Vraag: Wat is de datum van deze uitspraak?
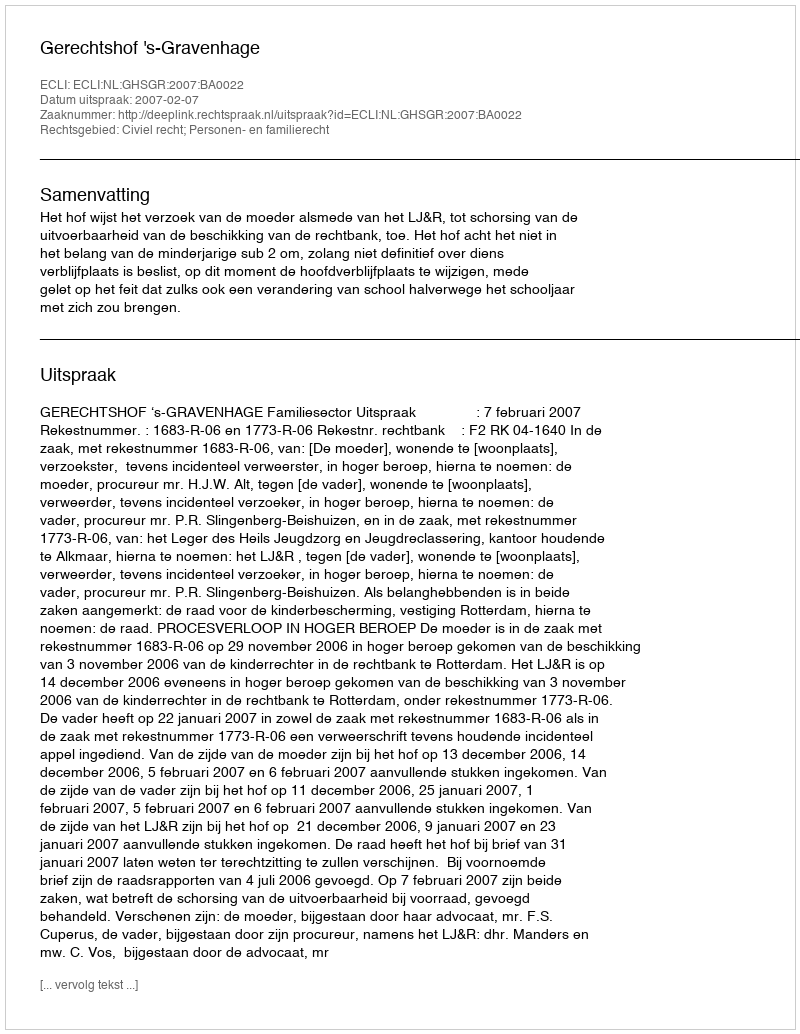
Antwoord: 2007-02-07